DOW-UAP-D49, Launch Summary, Vandenberg AFB, 2000
Agency: Department of War
Incident date: 2/3/00
Page 80
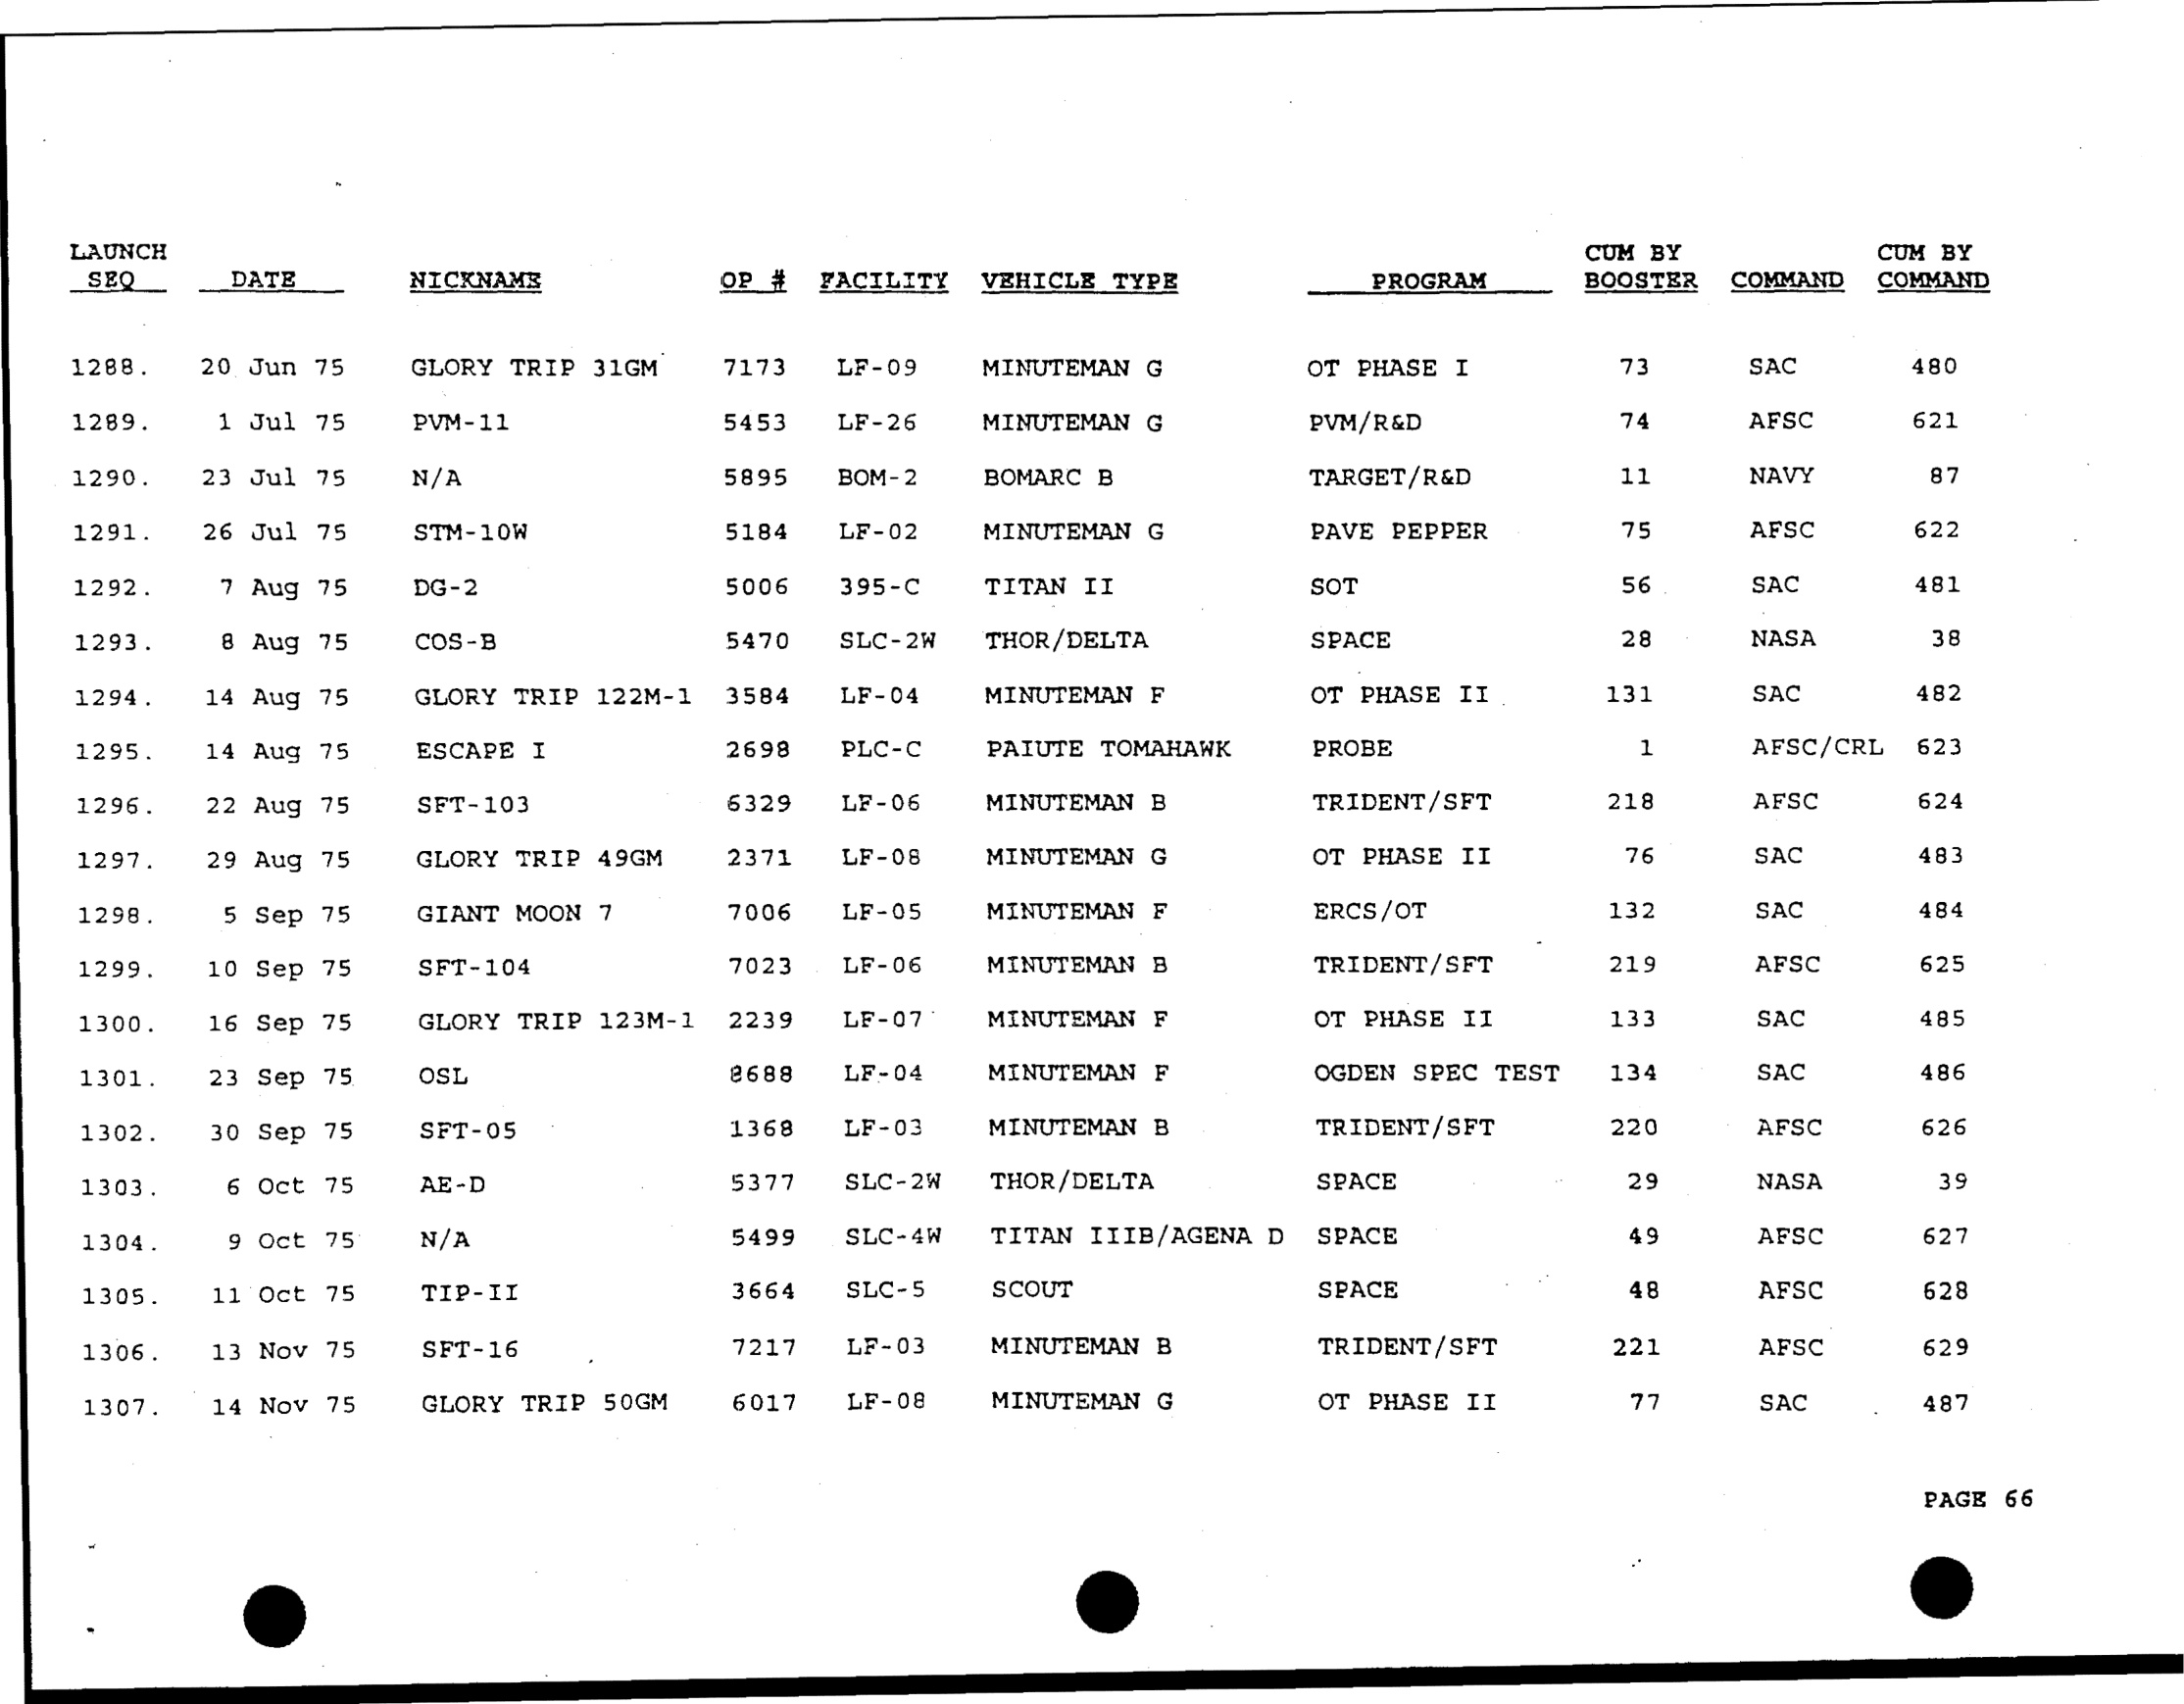